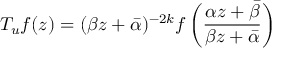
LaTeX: T _ { u } f ( z ) = ( \beta z + \bar { \alpha } ) ^ { - 2 k } f \left( \frac { \alpha z + \bar { \beta } } { \beta z + \bar { \alpha } } \right)